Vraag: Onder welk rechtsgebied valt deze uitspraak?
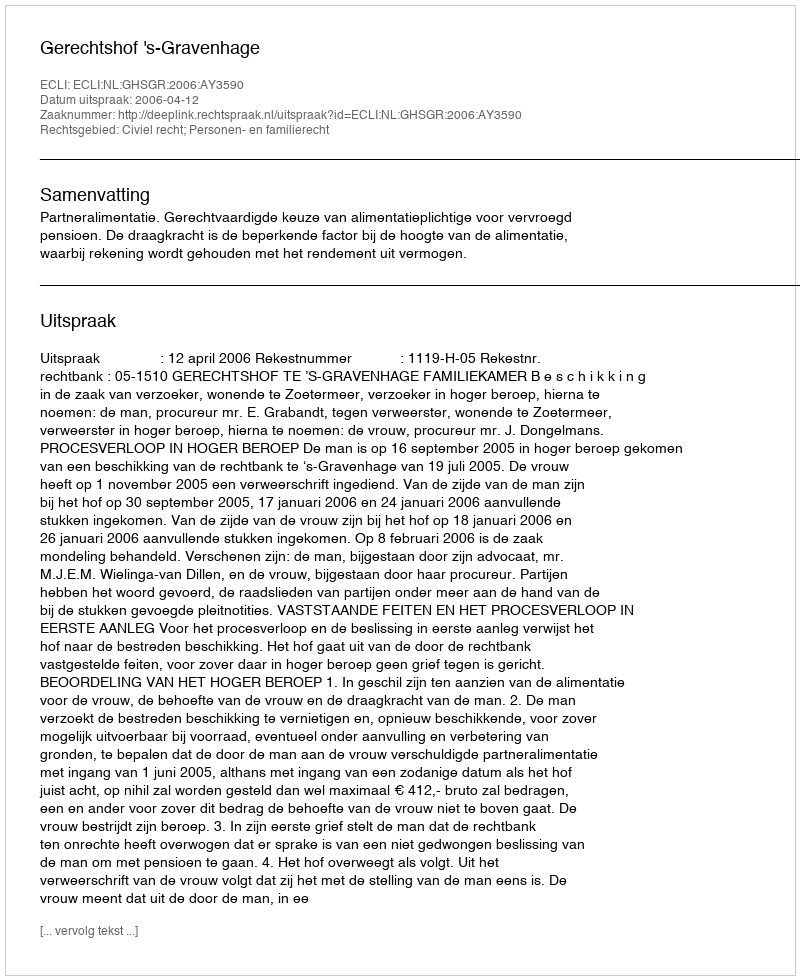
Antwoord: Civiel recht; Personen- en familierecht